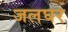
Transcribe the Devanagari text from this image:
जलघर